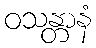
ဝသန္တာနံ